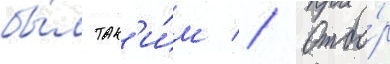
бы́л так'и́м // Отбо́р